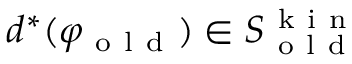
d ^ { * } ( \varphi _ { \mathrm { ~ o ~ l ~ d ~ } } ) \in S _ { \mathrm { ~ o ~ l ~ d ~ } } ^ { \mathrm { ~ k ~ i ~ n ~ } }